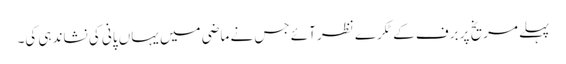
پہلے مریخ پر برف کے ٹکرے نظر آئے جس نے ماضی میں یہاں پانی کی نشاندہی کی۔